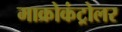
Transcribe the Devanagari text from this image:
माक्रोकंट्रोलर